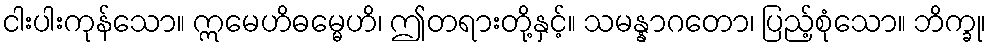
ငါးပါးကုန်သော။ ဣမေဟိဓမ္မေဟိ၊ ဤတရားတို့နှင့်။ သမန္နာဂတော၊ ပြည့်စုံသော။ ဘိက္ခု၊